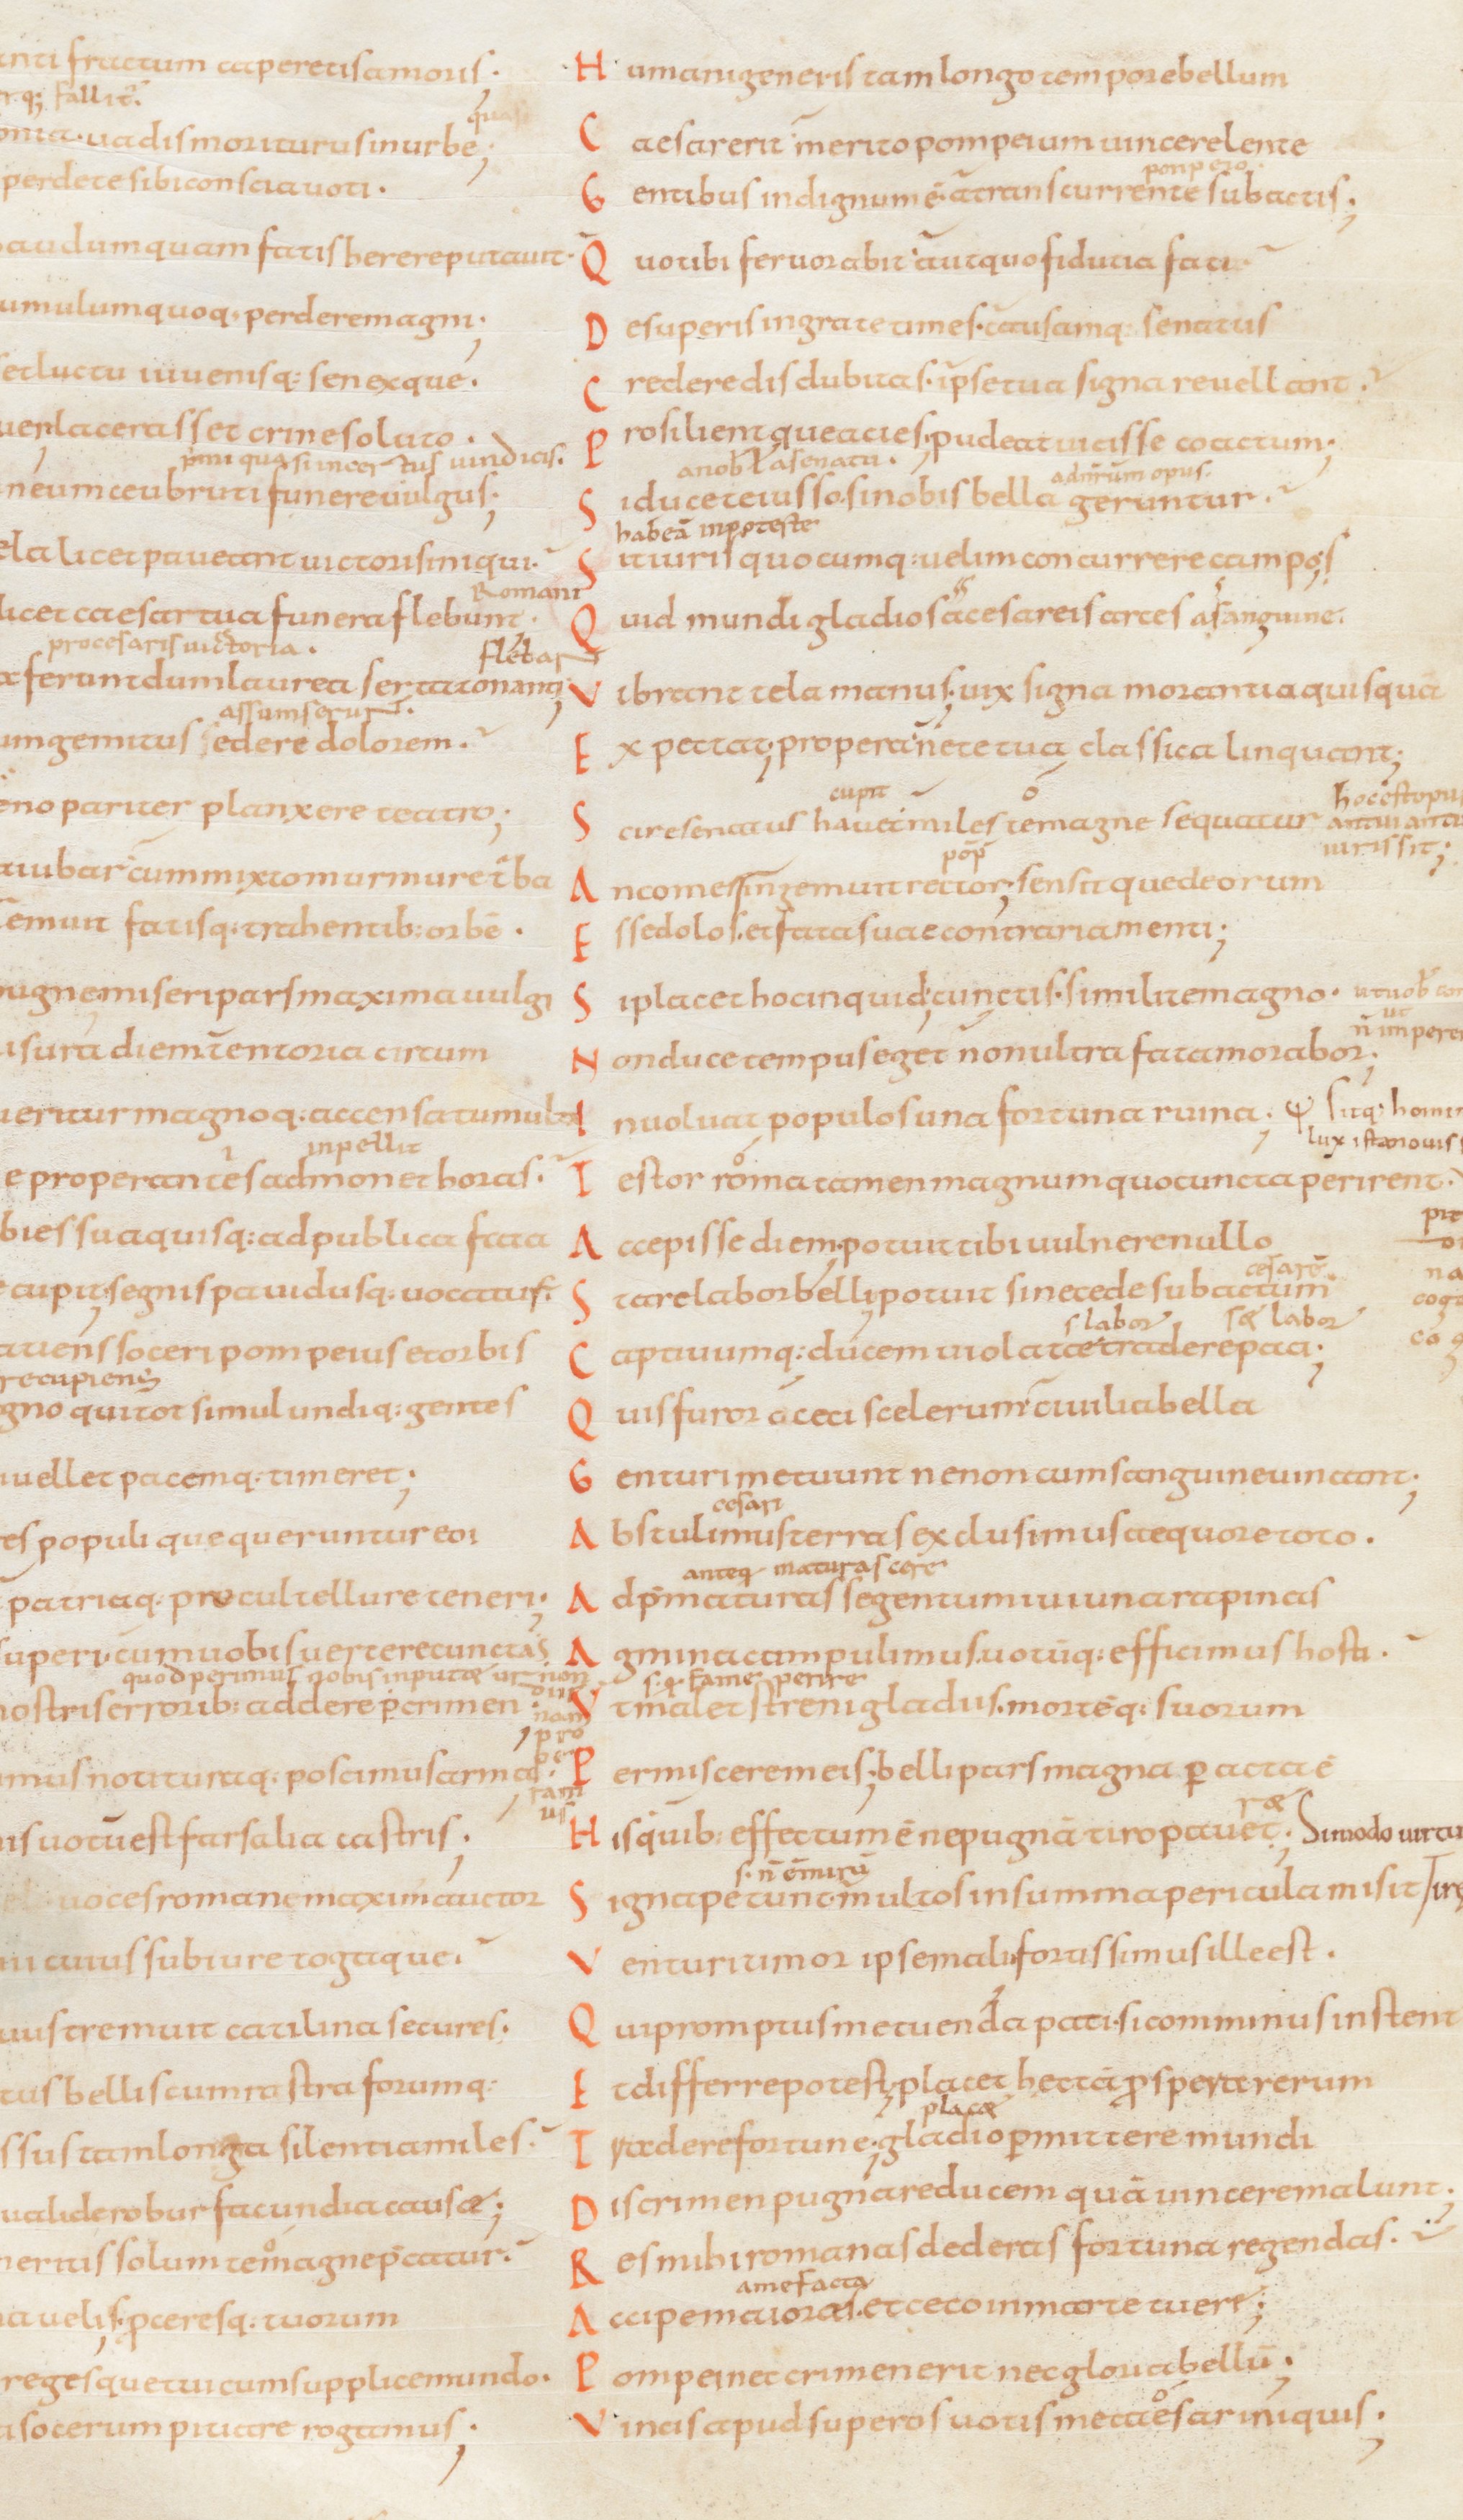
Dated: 834–1899